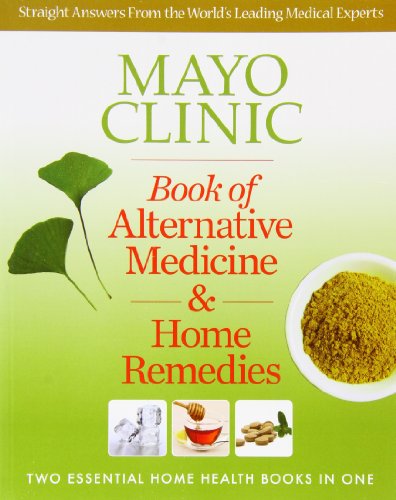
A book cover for Mayo Clinic Book of Alternative Medicine & Home Remedies: Two Essential Home Health Books In One; Mayo Clinic Physicians; Health, Fitness & Dieting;